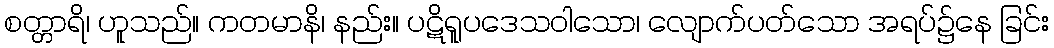
စတ္တာရိ၊ ဟူသည်။ ကတမာနိ၊ နည်း။ ပဋိရူပဒေသဝါသော၊ လျောက်ပတ်သော အရပ်၌နေ ခြင်း